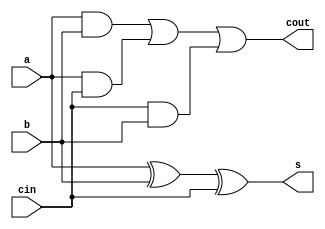
`timescale 1ns/1ps

module full_adder(a,b,cin,s,cout);
input a,b,cin;
output s,cout;
wire t1,t2,t3;
xor(s,a,b,cin);
and(t1,a,b);
and(t2,a,cin);
and(t3,cin,b);
or(cout,t1,t2,t3);
endmodule


module add_4bit(a,b,cin,s,cout);
input [3:0]a,b;
input cin;
output [3:0]s;
output cout;

wire [3:0]c;

full_adder f0(a[0],b[0],cin,s[0],c[0]);
full_adder f1(a[1],b[1],c[0],s[1],c[1]);
full_adder f2(a[2],b[2],c[1],s[2],c[2]);
full_adder f3(a[3],b[3],c[2],s[3],c[3]);
assign cout = c[3];
endmodule


module add_16bit(a,b,sum,carry,parity,overflow,sign,zero);
	input [15:0]a,b;
	output [15:0]sum;
	output carry,parity,overflow,sign, zero;
	wire [3:0]c;

	add_4bit M0(a[3:0],b[3:0],1'b0,sum[3:0],c[0]);
	add_4bit M1(a[7:4],b[7:4],c[0],sum[7:4],c[1]);
	add_4bit M2(a[11:8],b[11:8],c[1],sum[11:8],c[2]);
	add_4bit M3(a[15:12],b[15:12],c[2],sum[15:12],c[3]);

	assign carry = c[3];
	assign sign = sum[15];
	assign parity = ^sum;        // Odd parity
	assign zero = ~|sum;
	assign overflow = (sum[15]&(~a[15])&(~b[15])) + (~sum[15]&(a[15])&(b[15])); 

endmodule